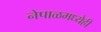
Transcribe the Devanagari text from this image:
नेपाळमध्येही